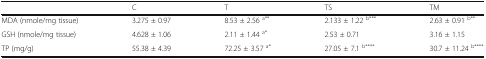
<table><thead><tr><td></td><td><b>C</b></td><td><b>T</b></td><td><b>TS</b></td><td><b>TM</b></td></tr></thead><tbody><tr><td>MDA (nmole/mg tissue)</td><td>3.275 ± 0.97</td><td>8.53 ± 2.56 <sup>a**</sup></td><td>2.133 ± 1.22 <sup>b***</sup></td><td>2.63 ± 0.91 <sup>b**</sup></td></tr><tr><td>GSH (nmole/mg tissue)</td><td>4.628 ± 1.06</td><td>2.11 ± 1.44 <sup>a*</sup></td><td>2.53 ± 0.71</td><td>3.16 ± 1.15</td></tr><tr><td>TP (mg/g)</td><td>55.38 ± 4.39</td><td>72.25 ± 3.57 <sup>a*</sup></td><td>27.05 ± 7.1 <sup>b****</sup></td><td>30.7 ± 11.24 <sup>b****</sup></td></tr></tbody></table>